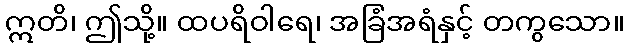
ဣတိ၊ ဤသို့။ ထပရိဝါရေ၊ အခြံအရံနှင့် တကွသော။